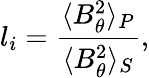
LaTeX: l_{i}=\frac{\langle B_{\theta}^{2}\rangle_{P}}{\langle B_{\theta}^{2}\rangle_{S}},